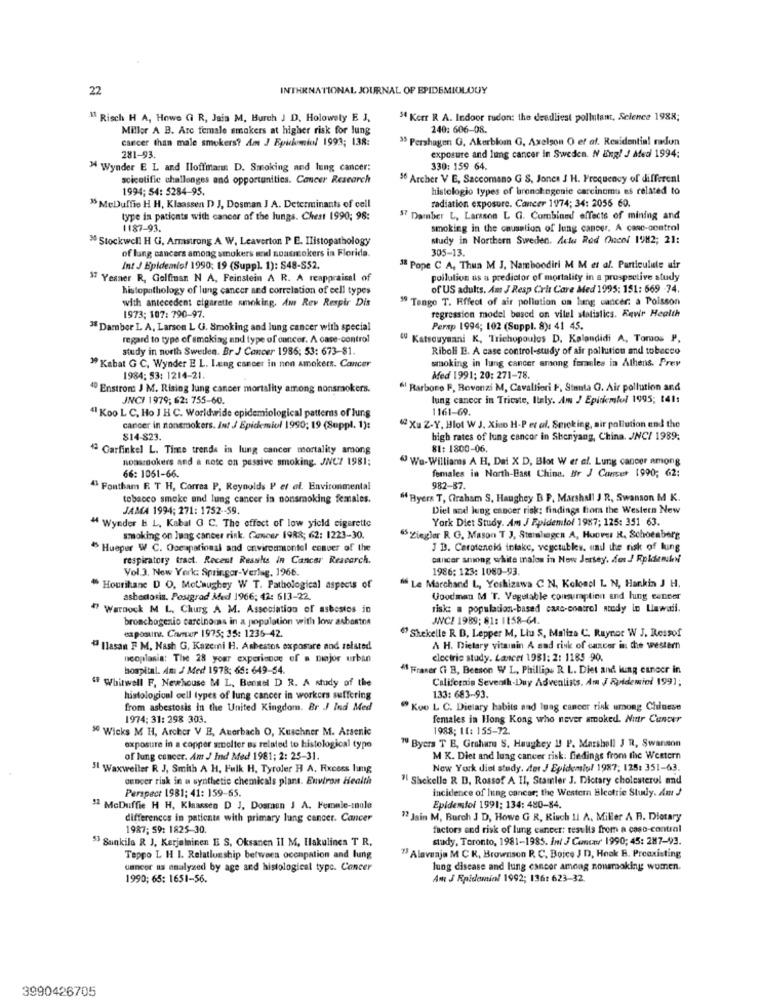
22
INTERNATIONAL JOURNAL OF EPIDEMIOLOGY
" Risch H A, Howe GI R, Jais M. Burch J D. Holowely E J,
$4 Kerr R A. Indoor rudon: the deadliest pollutant, Science 1988;
Millor A B. Arc female smokers at higher risk for lung
240: 606-08.
cancer than male smokers'? Am J Epickmio! 1993; 138:
33 Pershagen G. Akerblom G, Axelson O ef af. Residential radon
281-93.
exposure and lung cancer in Sweden. N Engl J Med 1994:
" Wynder E L and Iloffmaru D. Smoking and lung cancer:
330: 159 64.
scientific challenges and opportunities. Cancer Research
56 Archer V E, Saccomano G S, Jones J H. Frequency of different
1994; 54: 5284-95.
histologio types of bronchegente carcinoma es related to
radiation exposure. Cancer 1974; 34: 2056 60.
35 MeDuffie H H, Klaassen D J, Dosman J A. Determinants of cell
type in patients with cancer of the lungs. Chest 1990; 98:
57 Damber L, Larsson L G. Combined effects of mining and
1187-93.
smoking in the causation of lung cancer. A case-control
3 Stockwell H G. Armstrong A W, Leaverton P E. Ilistopathology
study in Northern Sweden. Actu Rod Chacel 1982; 21:
305-13.
of lung cancers among smokers and nonsmokers in Florida.
Int J Epidemio! 1990; 19 (Suppl. 1): $48-S52.
3ª Pope C A, Thun M J. Namboodiri M M et al. Particulate air
37 Yesner R, Gelfinsn N A, Feinstein A R. A reappraisal of
pollution as a predictor of mortality in a prospective study
histopathology of lung cancer and correlation of cell types
of US adults. Am J Resp Cris Care Med 1995: 151: 669 74.
with antecedent cigarette smoking, Ant Rev Respir Dis
39 Tango T. Effect of air pollution on lung cancer: a Poisson
regression model based on vilel statistics. Enwir Health
1973; 107: 790-97.
3 Dambor L A, Larson L G. Smoking and lung cancer with special
Perxp 1994; 102 (Suppl. 8): 41 45.
regard to type of smoking and type of cancer. A case-control
" Katsouysani K, Trichopoulos D. Kalandidi A, Tomos P.
study in north Swedlen. Br J Cancer 1986; 53: 673-81
Riboli E. A case control-study of air pollution and tobecco
smoking in lung cancer among feraales in Athens. Prey
" Kabat G C, Wynder E L. Lung cancer in non smokers. Cancer
1984: 53: 1214-21.
Med 1991; 20: 271-78.
Enstrom J M. Rising lung cancer mortality among nonsmokers.
"! Rarbono R, Rovenzi M, Cavalliori F. Stanta G. Air pollution and
JNCI 1979; 62: 755-60.
lung cancer in Trieste, Italy. Am J Epidemiol 1995; 141:
"1 Koo L C. Ho J H C. Worldwide epidemiological patterns of Jung
1161-69.
cancer in nonsmokers. Int J Epidemiol 1990; 19 (Suppl. 1):
W Xu Z-Y, Blot W J. Xiao H-P et al. Smoking, air pollution and the
$14-823.
high rates of lung cancer in Shenyang, China. JNC/ 1989;
1 Garfinkel L. Time trends in lung cancer mortality among
81: 1800-06.
noussookers and a note on passive smoking. JNCZ 1981;
"Wu-Williams A H. Dal X D, Blot W er af. Lung cancer among
66: 1051-66.
females in North-East China. Br J Cancer 1990; 62:
" Fontham R T H, Correa P, Reynolds P et al. Environmental
982-87.
tobacco smoke and lung cancer in nonsmoking females.
" Byers T, Graham S, Haughey B P. Marshall J R, Swanson M K.
JAMA 1994; 271: 1752 -- 59.
Diel and lung cancer risk: findings from the Western New
York Diet Study. Am J Ppidemtol 1987; 125: 351 63.
" Wynder B L. Kabal O C. The effect of low yield cigarette
smoking on lung cancer risk. Concer 19R&; 62: 1223-30.
" Ziegler R. G. Mason T J, Steinhagen A, Hoover R. Schoenberg
" Hueper W C. Oocapatinaal and environmontel conver of the
J D. Caroteneid intake, vegetables. unil the risk of lung
respiratory tract. Recent Results in Cancer Research.
cancer among white malos in New Jersey. des J Rpldenken
Vol.3. New York: Springer-Verlag, 1966.
1986: 123: 1080-93
"Le Marchand L, Yoshizawa C N. Kolonel L N, Hankin J H.
Hourihane D O, MeL'aughey W T. Pathological aspects of
ashedoris. Posigrad Med 1966; 42: 613-22.
Goodman M T. Vegetable consumption and hing cancer
# Warnock M L. Churg A M. Association of asbestos in
risk: a population-based canc-control study io Liewali.
bronchogenio carcino as in a population with low asboston
JVCI 1989; 81: 1158-64.
ea posuits. Cover 1975: 35: 1236-42.
" Shekelle R B, Lepper M, Liu S, Maliza C. Raynor W J. Ressof
" Ilasan F M, Nash G. Kazemi H. Asbestos exposure nod related
A H. Dietary vitainin A and risk of cancer in the western
neoplasia: The 28 your experience of a major urban
electric study. Lancer 1981: 2: 1185 90.
hospital. Am J Med 1978; 65: 649-54.
" Fraser Ci B, Beeson W L, Phillipu R. L. Diet and lung cancer in
" Whitwell F. Newhouse M L, Bennel D R. A study of the
California Seventh-Duy Adventists. Am J Epidemiol 1991;
histological cell types of lung cancer in workers suffering
1.33: 683-93
from asbestosis in the United Kingdom. Br J Ind Med
" Koo L C. Dietary habits and lung cancer risk urong Chinese
1974: 31: 298 303.
females in Hong Kong who never smoked. Nutr Cancer
50 Wicks M H, Archer V E, Auerbach O, Kuschner M. Arsenic
1988; 11: 155-72.
exposure in a copper smolter as related to histological type
" Byers T B, Graham S. Haughey !! P. Marshell J R, Swanson
of lung cancer. Am J Ind Med 1981; 2: 25-31.
M K. Diet and lung cancer risk: fedings from the Western
" Waxweiler R. J. Smith A H. Fulk H. Tyroler H A. Fixcess lung
New York diet study. der J Epidemiol 1987; 125: 351-63.
cancer risk in a synthetic chemicals plans. Environ Health
" Shekelle R D. Rossof A II, Stamier J. Dictary cholesterol and
Perspect 1981: 41: 159-65.
incidence of lung cancer; the Western Blottie Study. Am J
$2 McDuffie H H, Klaassen D J, Dosmen J A. Female-canle
Epidemiol 1991; 134: 480-84.
differences in patients with primary lung cancer. Cancer
72 Jain M, Burch J D, Howe G R, Risch 11 A. Miller A B. Dietary
1987; 59: 1825-30
factors and risk of lung cancer: results from a caso-control
53 Sunkila R J, Karjalainen E S, Oksanen II M, Hakulines T R.
study, Toronto, 1981-1985. Int J Commeav 1990; 45: 287-93.
Teppo L H I. Relationship between occupation and lung
73 Alavanja M C K, Brownson R. C. Boice J D, Hook B. Preexisting
uneer us analyzed by age and histological type. Concer
lung disease and lung cancer among nousmaking women.
1990; 65: 1651-56.
Am J Epidemiol 1992; 136: 623-32.
3990426705